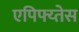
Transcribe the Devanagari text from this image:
एपिफ्य्तेस